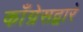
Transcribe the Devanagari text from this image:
काँग्रेसद्वारे